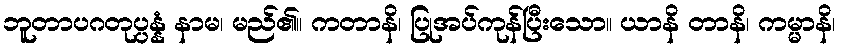
ဘူတာပဂတုပ္ပန္နံ နာမ၊ မည်၏။ ကတာနိ၊ ပြုအပ်ကုန်ပြီးသော။ ယာနိ တာနိ၊ ကမ္မာနိ၊